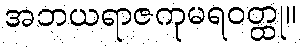
အဘယရာဇကုမရဝတ္ထု။